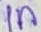
Text: 1n